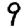
Digit: 9